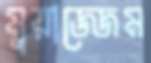
মুয়াজ্জেম